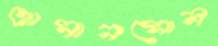
আসানসোল